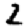
Digit: 2